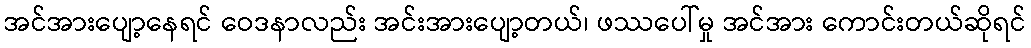
အင်အားပျော့နေရင် ဝေဒနာလည်း အင်းအားပျော့တယ်၊ ဖဿပေါ်မှု အင်အား ကောင်းတယ်ဆိုရင်